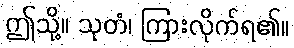
ဤသို့။ သုတံ၊ ကြားလိုက်ရ၏။